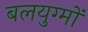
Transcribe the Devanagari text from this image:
बलयुग्मों